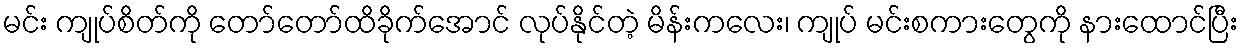
မင်း ကျုပ်စိတ်ကို တော်တော်ထိခိုက်အောင် လုပ်နိုင်တဲ့ မိန်းကလေး၊ ကျုပ် မင်းစကားတွေကို နားထောင်ပြီး